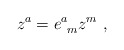
\begin{align*}z^a=e^a_{\ m}z^m\ , \end{align*}